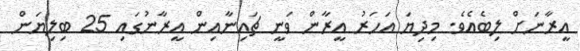
އީރާނަށް ލިބެއެވެ. މިދިޔަ އަހަރު އީރާން ވަނީ ޗައިނާއިން އީރާނުގައި 25 ބިލިޔަން